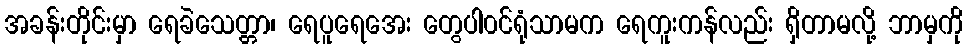
အခန်းတိုင်းမှာ ရေခဲသေတ္တာ၊ ရေပူရေအေး တွေပါ၀င်ရုံသာမက ရေကူးကန်လည်း ရှိတာမလို့ ဘာမှကို